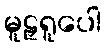
မူဠှရူပေါ